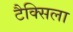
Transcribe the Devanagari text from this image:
टैक्सिला